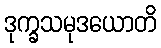
ဒုက္ခသမုဒယောတိ